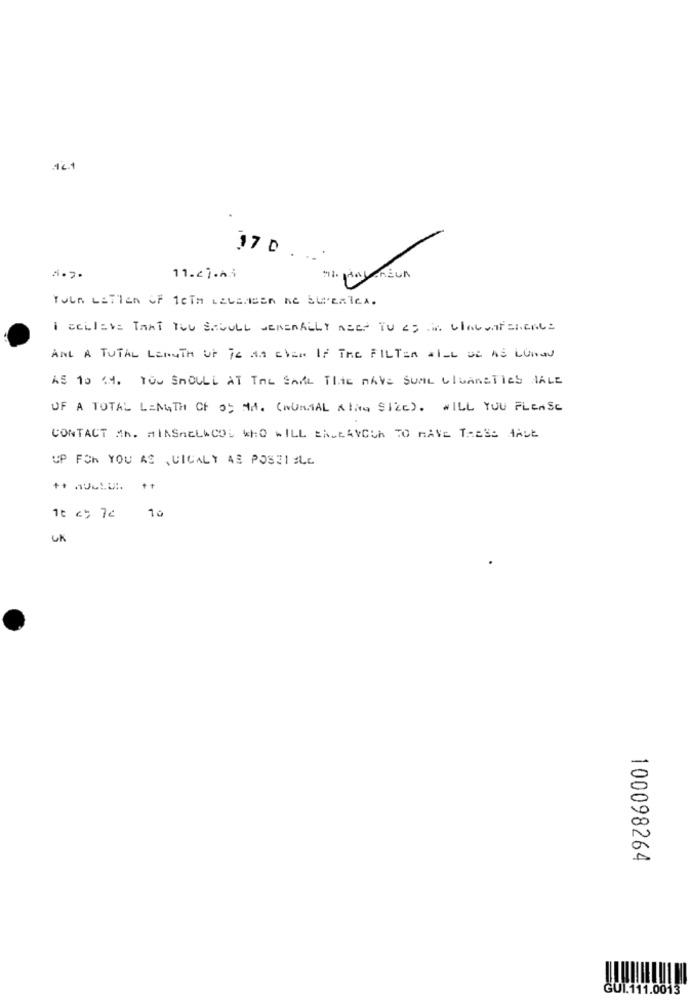
17 D.
11.27.A.i
YOLA LETTER OF feTH LELENGER NE SUERTEA.
I BELIEVE TANT TOU SAFULL GENERALLY Azes TU es in CIAcontalents
AND A TUTAL LENGTH OF is An EVEN IF The FILTER ALLE DE AS LUnad
AS 10 14. YOU SHOULD AT TAL SAAL THE RAVE SUML CIGARETles IALE
OF A TOTAL LENGTH OF or MM. (NUNMAL KING Size). WILL YOU PLEASE
CONTACT MA. MIASncLACOS WHO WILL EACEAYOUR TO HAVE THESE HAVE
UP FOR YOU AS ,CICALY AS POSSIBLE
10
UK
100098264
GUI.111.0013